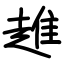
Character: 趡